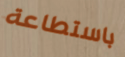
باستطاعة